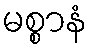
မစ္စာနံ